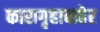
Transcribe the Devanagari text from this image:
कारागृहाबाहेर